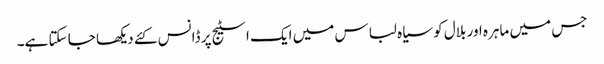
جس میں ماہرہ اور بلال کو سیاہ لباس میں ایک اسٹیج پر ڈانس کئے دیکھا جا سکتا ہے۔